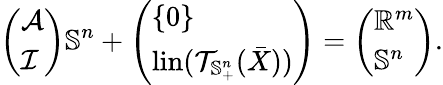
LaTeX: \left(\begin{array}{l}{\mathcal{A}}\\ {\mathcal{I}}\end{array}\right)\mathbb{S}^{n}+\left(\begin{array}{l}{\{ 0\} }\\ {\mathrm{lin}(\mathcal{T}_{\mathbb{S}_{+}^{n}}(\bar{X}))}\end{array}\right)=\left(\begin{array}{l}{\mathbb{R}^{m}}\\ {\mathbb{S}^{n}}\end{array}\right).